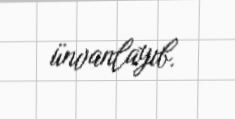
ünvanlayıb.